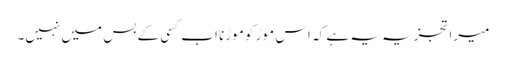
میرا تجزیہ یہ ہے کہ اس موڑ کو موڑنا اب کسی کے بس میں نہیں۔